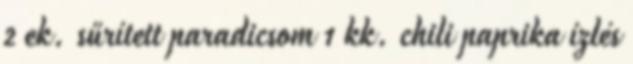
2 ek. sűrített paradicsom 1 kk. chili paprika ízlés